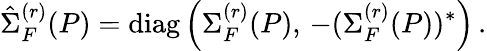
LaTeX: \hat{\Sigma}_{F}^{(r)}(P)=\mathrm{diag}\left(\Sigma_{F}^{(r)}(P),\, -(\Sigma_{F}^{(r)}(P))^{*}\right)\, .